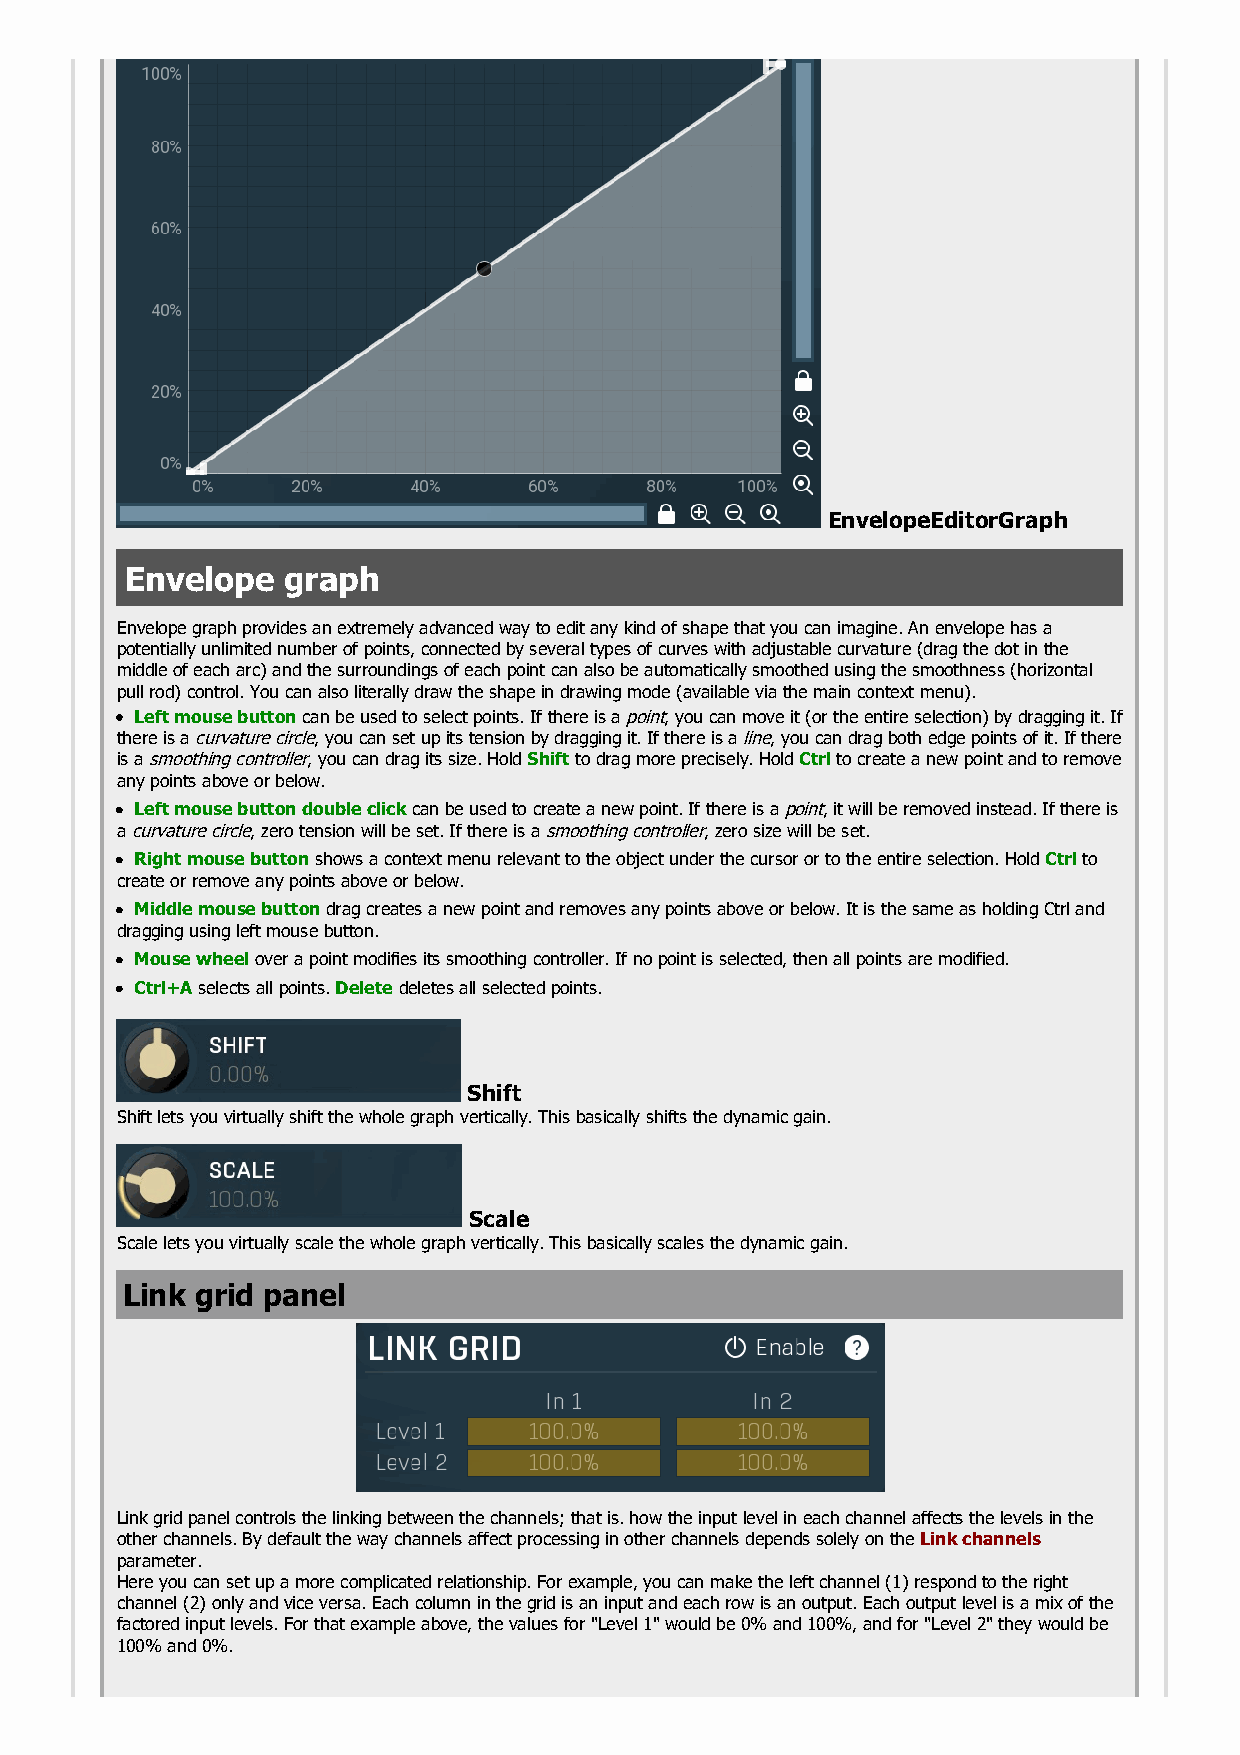
EnvelopeEditorGraph
 Envelope   graph
 Envelope graph provides an extremely advanced way to edit any kind of shape that you can imagine. An envelope has a
 potentially unlimited number of points, connected by several types of curves with adjustable curvature (drag the dot in the
 middle of each arc) and the surroundings of each point can also be automatically smoothed using the smoothness (horizontal
 pull rod) control. You can also literally draw the shape in drawing mode (available via the main context menu).
 Left mouse button can be used to select points. If there is a point, you can move it (or the entire selection) by dragging it. If
 there is a curvature circle, you can set up its tension by dragging it. If there is a line, you can drag both edge points of it. If there
 is a smoothing controller, you can drag its size. Hold Shift to drag more precisely. Hold Ctrl to create a new point and to remove
 any points above or below.
 Left mouse button double click can be used to create a new point. If there is a point, it will be removed instead. If there is
 a curvature circle, zero tension will be set. If there is a smoothing controller, zero size will be set.
 Right mouse button shows a context menu relevant to the object under the cursor or to the entire selection. Hold Ctrl to
 create or remove any points above or below.
 Middle mouse button drag creates a new point and removes any points above or below. It is the same as holding Ctrl and
 dragging using left mouse button.
 Mouse wheel over a point modifies its smoothing controller. If no point is selected, then all points are modified.
 Ctrl+A selects all points. Delete deletes all selected points.
 Shift
 Shift lets you virtually shift the whole graph vertically. This basically shifts the dynamic gain.
 Scale
 Scale lets you virtually scale the whole graph vertically. This basically scales the dynamic gain.
 Link grid panel
 Link grid panel controls the linking between the channels; that is. how the input level in each channel affects the levels in the
 other channels. By default the way channels affect processing in other channels depends solely on the Link channels
 parameter.
 Here you can set up a more complicated relationship. For example, you can make the left channel (1) respond to the right
 channel (2) only and vice versa. Each column in the grid is an input and each row is an output. Each output level is a mix of the
 factored input levels. For that example above, the values for "Level 1" would be 0% and 100%, and for "Level 2" they would be
 100% and 0%.